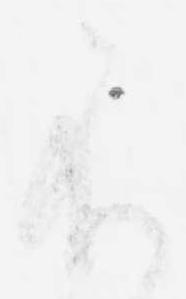
不